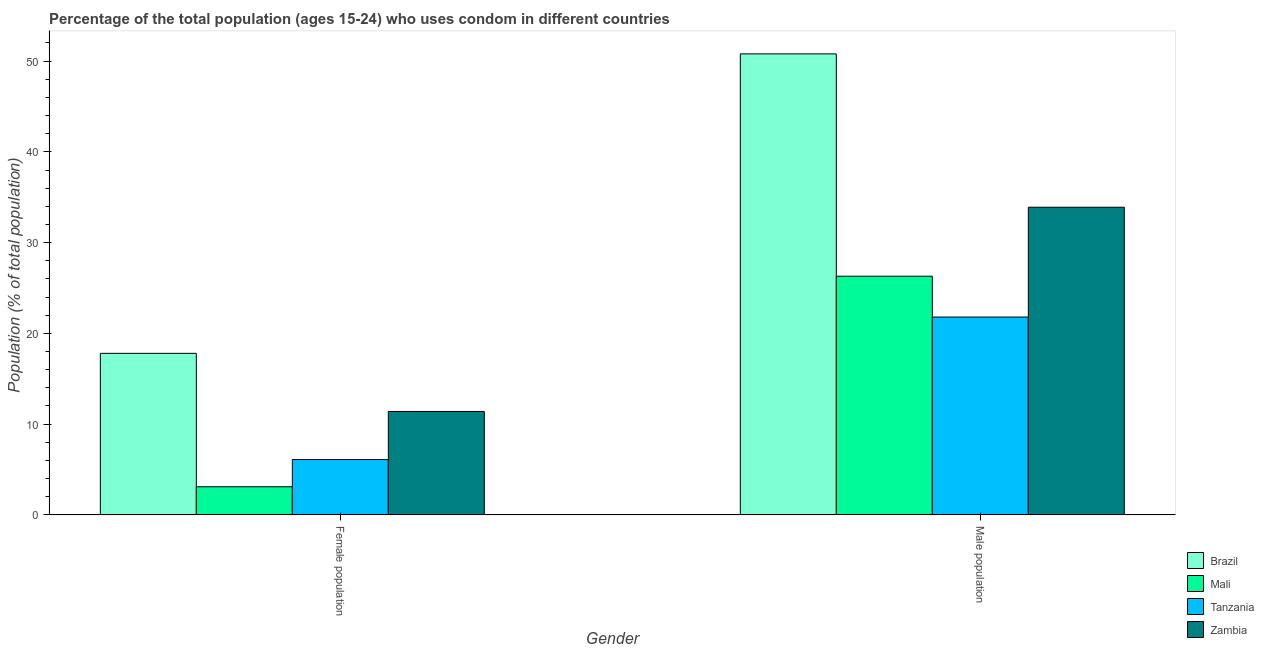
| Gender | Brazil | Mali | Tanzania | Zambia |
 | --- | --- | --- | --- | --- |
 | Female population | 17.8 | 3.1 | 6.1 | 11.4 |
 | Male population | 50.8 | 26.3 | 21.8 | 33.9 |